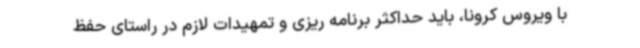
با ویروس کرونا، باید حداکثر برنامه ریزی و تمهیدات لازم در راستای حفظ